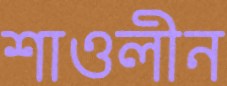
শাওলীন